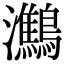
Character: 𪇶